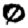
Digit: 0